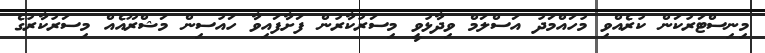
މިނިސްޓަރުކަން ކުރެއްވި މުހައްމަދު އަސްލަމް ވިދާޅުވީ މިސަރުކާރުން ފަށާފައިވާ ހައުސިން މަޝްރޫއެއް މިސަރުކާރުގެ